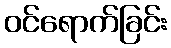
ဝင်ရောက်ခြင်း